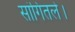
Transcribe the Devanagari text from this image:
सांगितले।